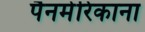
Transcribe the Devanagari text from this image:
पैनमेरिकाना